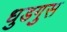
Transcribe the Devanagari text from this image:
धुडगुस